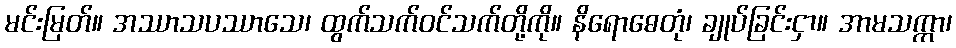
မင်းမြတ်။ အဿာသပဿာသေ၊ ထွက်သက်ဝင်သက်တို့ကို။ နိရောဓေတုံ၊ ချုပ်ခြင်းငှာ။ အာမသက္ကာ၊